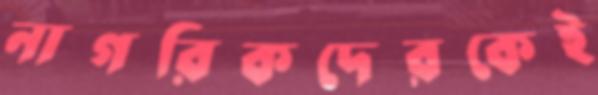
নাগরিকদেরকেই